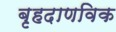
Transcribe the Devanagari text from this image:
बृहदाणविक